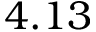
4 . 1 3